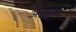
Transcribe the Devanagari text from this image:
अष्टपुत्रा